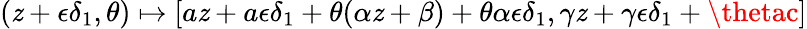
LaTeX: (\mathit{z}+\epsilon\delta_{1},\theta)\mapsto[a\mathit{z}+a\epsilon\delta_{1}+\theta(\alpha\mathit{z}+\beta)+\theta\alpha\epsilon\delta_{1},\gamma\mathit{z}+\gamma\epsilon\delta_{1}+\thetac]